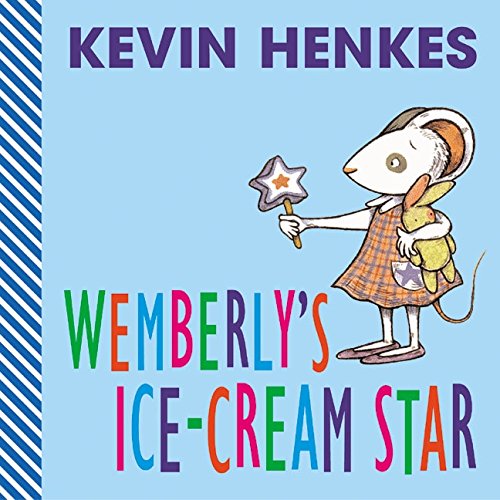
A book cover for Wemberly's Ice-Cream Star; Kevin Henkes; Children's Books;